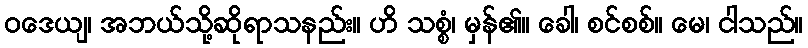
ဝဒေယျ၊ အဘယ်သို့ဆိုရာသနည်း။ ဟိ သစ္စံ၊ မှန်၏။ ခေါ၊ စင်စစ်။ မေ၊ ငါသည်။